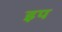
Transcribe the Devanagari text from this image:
इप